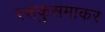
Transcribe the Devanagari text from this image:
रसकुसमाकर